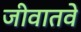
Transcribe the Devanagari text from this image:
जीवातवे